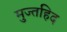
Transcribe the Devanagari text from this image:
मुज्तहिद